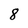
Character: 8